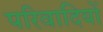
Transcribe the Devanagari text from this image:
परिवादियों